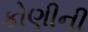
કોણીની